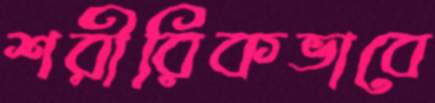
শরীরিকভাবে